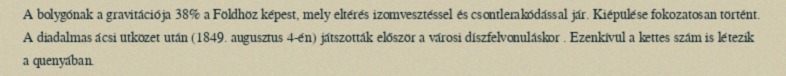
A bolygónak a gravitációja 38% a Földhöz képest, mely eltérés izomvesztéssel és csontlerakódással jár. Kiépülése fokozatosan történt. A diadalmas ácsi ütközet után (1849. augusztus 4-én) játszották először a városi díszfelvonuláskor . Ezenkívül a kettes szám is létezik a quenyában.